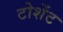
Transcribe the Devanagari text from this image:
टोशेंट